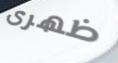
ظهرى